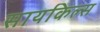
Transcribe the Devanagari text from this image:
सायकिल्स